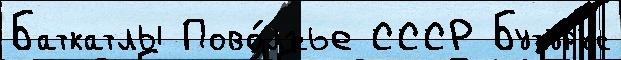
Баткатлы Пово́лжье СССР Бутурус